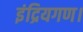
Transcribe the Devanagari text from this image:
इंद्रियगण।